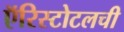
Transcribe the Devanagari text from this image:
ऍरिस्टोटलची